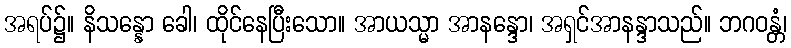
အရပ်၌။ နိသန္နော ခေါ၊ ထိုင်နေပြီးသော။ အာယသ္မာ အာနန္ဒော၊ အရှင်အာနန္ဒာသည်။ ဘဂဝန္တံ၊